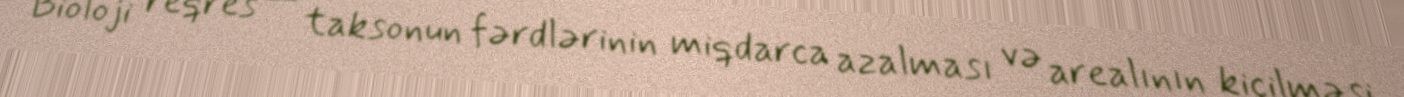
Bioloji reqres — taksonun fərdlərinin miqdarca azalması və arealının kiçilməsi,